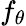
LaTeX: f_{\theta}